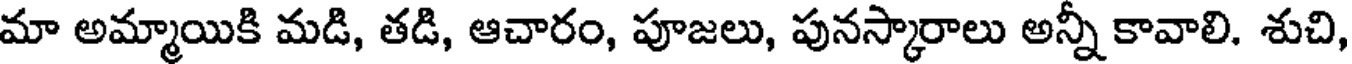
మా అమ్మాయికి మడి, తడి, ఆచారం, పూజలు, పునస్కారాలు అన్నీ కావాలి. శుచి,